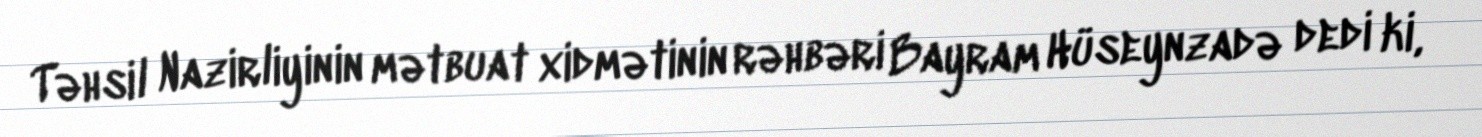
Təhsil Nazirliyinin mətbuat xidmətinin rəhbəri Bayram Hüseynzadə dedi ki,